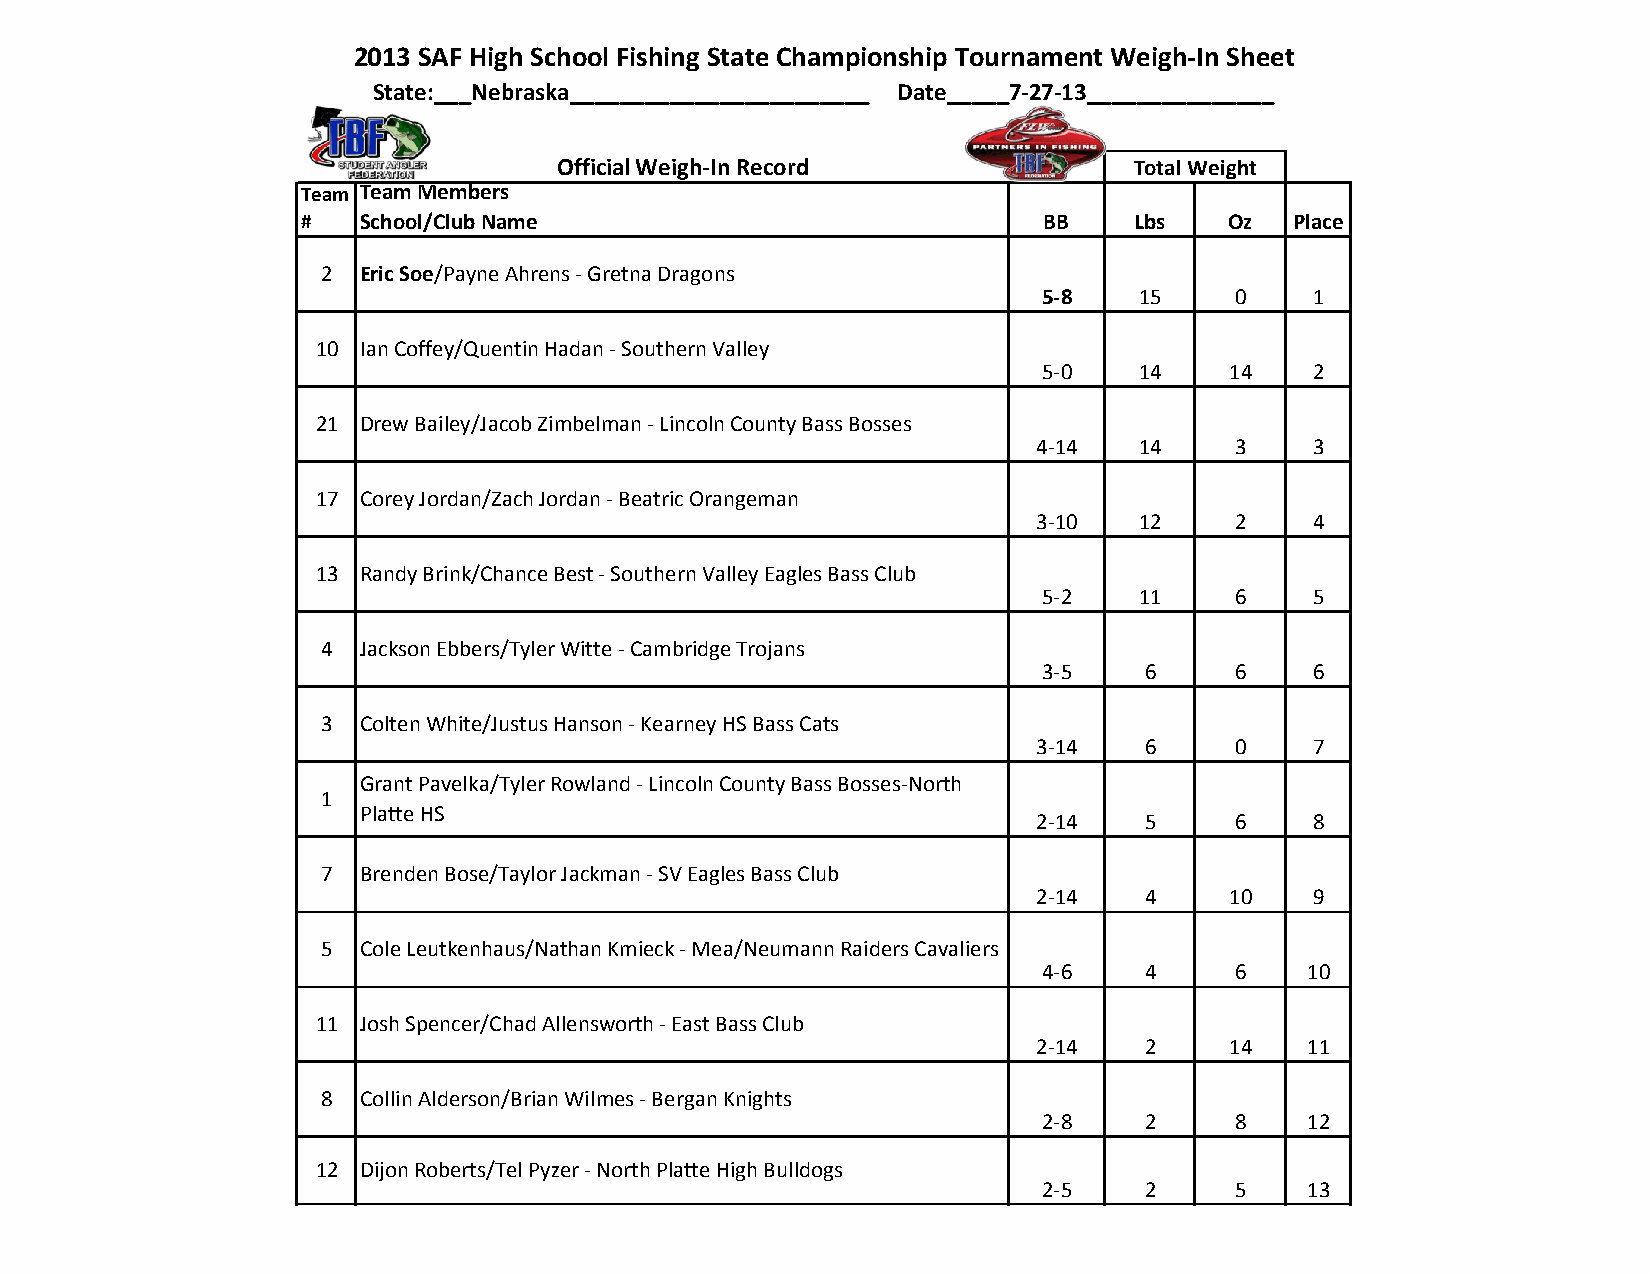
2013 SAF High School Fishing State Championship Tournament Weigh-In Sheet
 State:___Nebraska________________________ Date_____7-27-13_______________
 Official Weigh-In Record              Total Weight
 Team Team Members
 #   School/Club Name                             BB    Lbs   Oz   Place
 2  Eric Soe/Payne Ahrens - Gretna Dragons
 5-8   15     0    1
 10 Ian Coffey/Quentin Hadan - Southern Valley
 5-0   14    14    2
 21 Drew Bailey/Jacob Zimbelman - Lincoln County Bass Bosses
 4-14  14     3    3
 17 Corey Jordan/Zach Jordan - Beatric Orangeman
 3-10  12     2    4
 13 Randy Brink/Chance Best - Southern Valley Eagles Bass Club
 5-2   11     6    5
 4  Jackson Ebbers/Tyler Witte - Cambridge Trojans
 3-5    6     6    6
 3  Colten White/Justus Hanson - Kearney HS Bass Cats
 3-14   6     0    7
 Grant Pavelka/Tyler Rowland - Lincoln County Bass Bosses-North
 1
 Platte HS
 2-14   5     6    8
 7  Brenden Bose/Taylor Jackman - SV Eagles Bass Club
 2-14   4    10    9
 5  Cole Leutkenhaus/Nathan Kmieck - Mea/Neumann Raiders Cavaliers
 4-6    4     6   10
 11 Josh Spencer/Chad Allensworth - East Bass Club
 2-14   2    14   11
 8  Collin Alderson/Brian Wilmes - Bergan Knights
 2-8    2     8   12
 12 Dijon Roberts/Tel Pyzer - North Platte High Bulldogs
 2-5    2     5   13